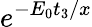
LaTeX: e^{-E_{0}t_{3}/x}